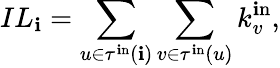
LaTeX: IL_{\mathbf{i}}=\sum_{u\in\tau^{\mathrm{{\mathbf{i}n}}}(\mathbf{i})}\sum_{v\in\tau^{\mathrm{{\mathbf{i}n}}}(u)}k_{v}^{\mathrm{{\mathbf{i}n}}},